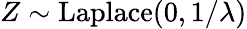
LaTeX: Z\sim{\textrm{Laplace}}(0,1/\lambda)